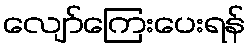
လျော်ကြေးပေးရန်